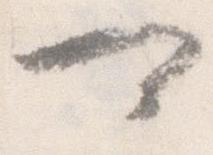
可